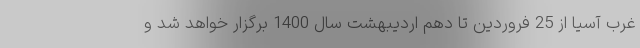
غرب آسیا از 25 فروردین تا دهم اردیبهشت سال 1400 برگزار خواهد شد و